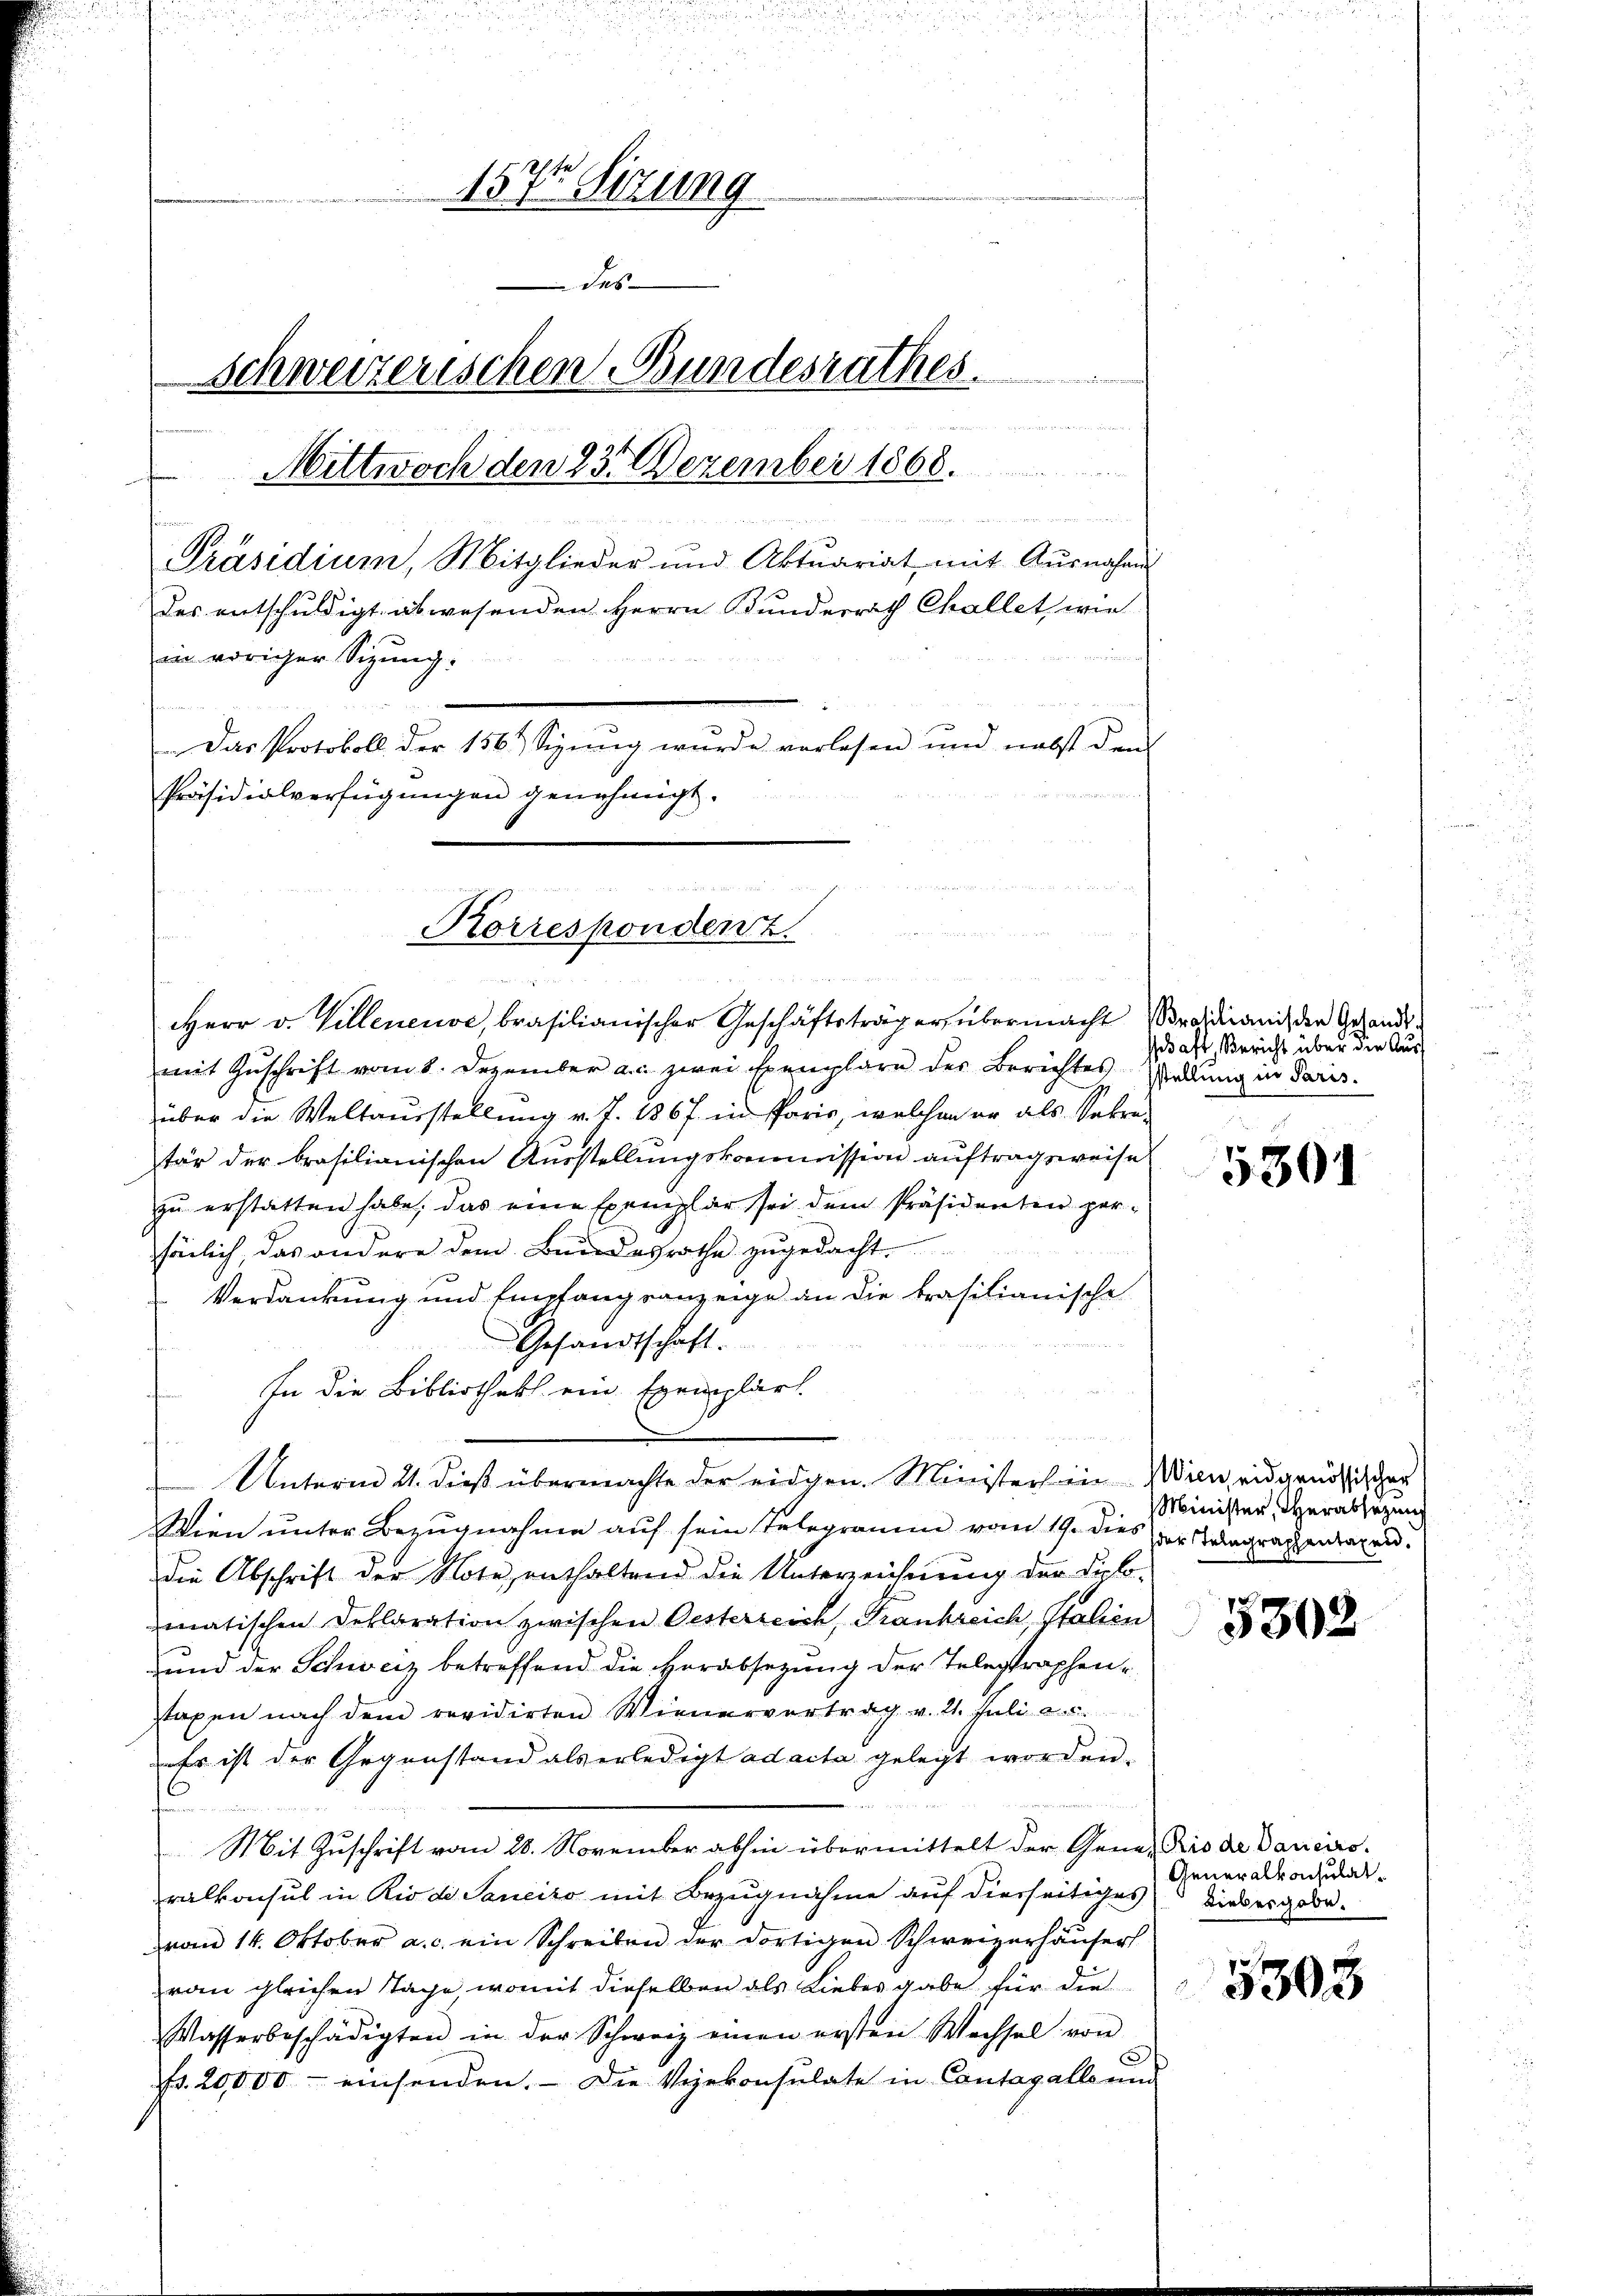
157 Sizung
das
Schweizerischen Bundesrathes.

Mittwoch den 23. Dezember 1868.
 Me
Präsidium, Mitglieder und Aktuariat mit Ausnahms
des entschuldigt abwesenden Herrn Bunderrath Challet, wie
s
in voriger Sizung:
Das Protokoll der 156. Sizung wurde vorlesen und nebst den
Präsidialverfügungen genehmigt.

n
Korrespondent.

Herr v. Villeneuve, brasilianischer Geschäftsträger übermacht roidicani, der Gesandt-
mit Zuschrift vom 8. Dezember a.c. zwei Exemplare der Berichtes Waldung in Paris.
über die Weltausstellung v. J. 1867 in Paris, welchen er als Sekre-
tär der brasilianischen Ausstellungskommission auftragsweise
zŭ erstatten habe, das eine Exemplar sei dem Präsidenten per-
sönlich, das andere dem Bundesrathe zugedacht,
Verdankung und Empfangsanzeige an die krasilianische
Gesandtschaft.
In die Bibliothek ein Exemplart
f
Wien unter Bezugnahme auf sein Telegramm vom 19. dies der Tragraphenlagen.
die Abschrift der Note enthaltend die Unterzeichnung der diplo-
matischen Deklaration zwischen Oesterreich, Frankreich, Italien
und der Schweiz betreffend die Herabsetzung der Telegraphenstaxen nach dem revidirten Wienervertrag v. 21. Juli a.c.
Er ist der Gegenstand als erledigt ad acta gelegt worden.
Mit Zuschrift vom 28. November abhin übermittelt der Gener Bis de Daniersralkonsul in Rio de Saneiro mit Bezugnahme auf diesseitiges
vom 14. Oktober a. c. ein Schreiben der dortigen Schweizerhäuser
vom gleichen Tage womit dieselben als Liebes gabe für die
Wasserbeschädigten in der Schweiz einen ersten Wechsel von
5
Nr. 20,000 - einsenden. Die Vizekonsulate in Contagalle und

M an

Unterm 21. dieß übermachte der eidgen. Ministers in Wien, eidgenössischer

saft, Bericht über die Aus¬

5301

Minister, Verabsetzung

5302

Generalkonsulat
Liebesgabe.

5303